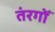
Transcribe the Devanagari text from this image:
तंरगोँ